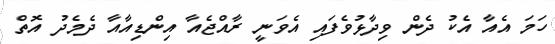
ހަމަ އެއާ އެކު ދެން ވިދާޅުވެފައި އެވަނީ ރާއްޖެއާ އިންޑިއާއާ ދެމެދު އޮތް